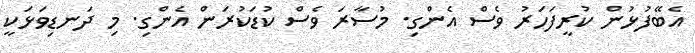
އެބޭފުޅުން ކުރީފަހަރު ވެސް އެންގި. މުސާރަ ވެސް ކުޑަކުރަން އެންގި. މި ދަނޑިވަޅަކީ